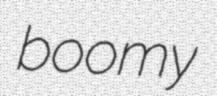
boomy